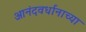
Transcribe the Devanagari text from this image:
आनंदवर्धानाच्या